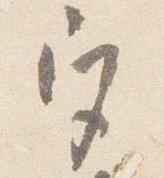
宮